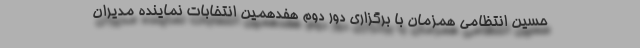
حسین انتظامی همزمان با برگزاری دور دوم هفدهمین انتخابات نماینده مدیران